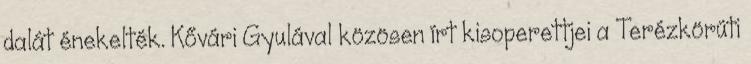
dalát énekelték. Kővári Gyulával közösen írt kisoperettjei a Terézkörúti